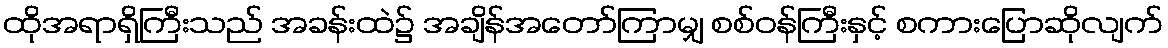
ထိုအရာရှိကြီးသည် အခန်းထဲ၌ အချိန်အတော်ကြာမျှ စစ်ဝန်ကြီးနှင့် စကားပြောဆိုလျက်